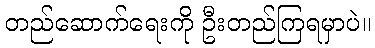
တည်ဆောက်ရေးကို ဦးတည်ကြရမှာပဲ။